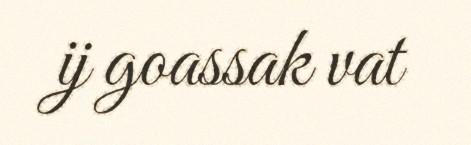
ij goassak vat